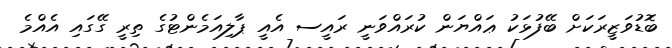
ބޮޑުވަޒީރަކަށް ބޭފުޅަކު ޢައްޔަން ކުރައްވަނީ ރައީސ އެއީ ޕާލިއަމެންޓުގެ ތިރީ ގޭގައި އެއްމެ